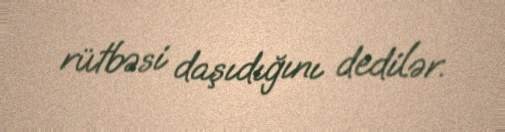
rütbəsi daşıdığını dedilər.